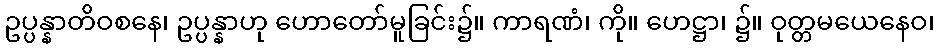
ဥပ္ပန္နာတိဝစနေ၊ ဥပ္ပန္နာဟု ဟောတော်မူခြင်း၌။ ကာရဏံ၊ ကို။ ဟေဋ္ဌာ၊ ၌။ ဝုတ္တမယေနေဝ၊